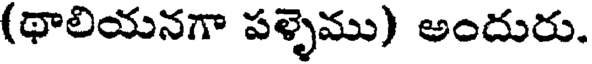
(థాలియనగా పళ్ళెము) అందురు.